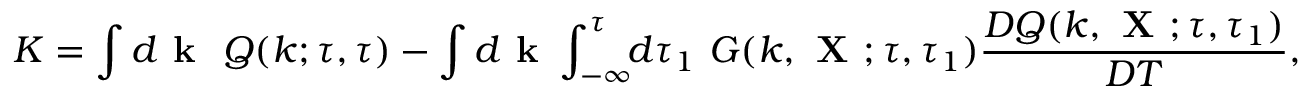
K = \int d { \textbf { k } } \ Q ( k ; \tau , \tau ) - \int d { \textbf { k } } \int _ { - \infty } ^ { \tau } \! \! d \tau _ { 1 } \ G ( k , { \textbf { X } } ; \tau , \tau _ { 1 } ) \frac { D Q ( k , { \textbf { X } } ; \tau , \tau _ { 1 } ) } { D T } ,